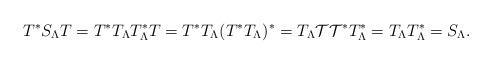
LaTeX: \begin{align*}T^*S_\Lambda T=T^*T_\Lambda T_\Lambda^* T=T^*T_\Lambda(T^*T_\Lambda)^*=T_\Lambda\mathcal{T}\mathcal{T}^*T_\Lambda^*=T_\Lambda T_\Lambda^*=S_\Lambda.\end{align*}